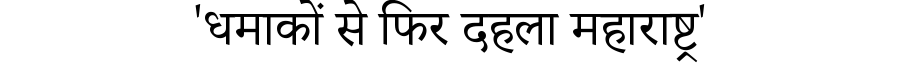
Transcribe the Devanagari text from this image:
'धमाकों से फिर दहला महाराष्ट्र'